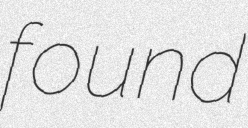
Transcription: found